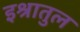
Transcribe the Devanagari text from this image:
इश्रातुल